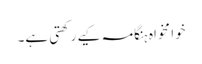
خوا مخواہ ہنگامہ کیے رکھتی ہے۔